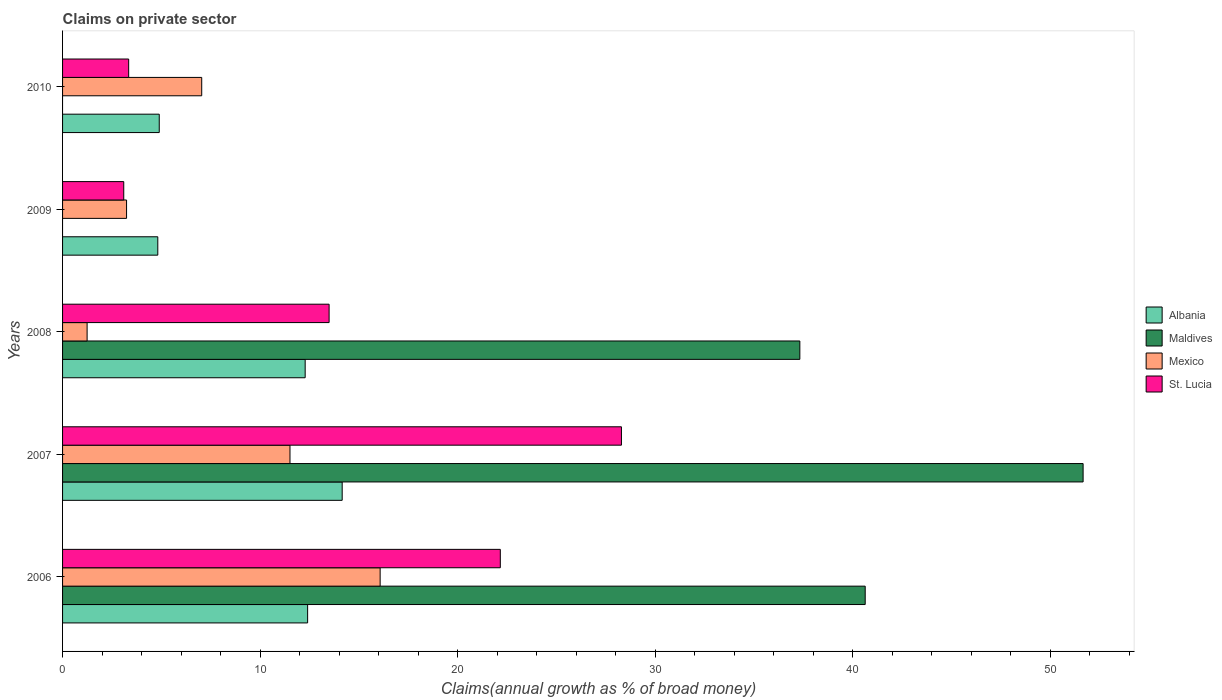
| Years | Albania | Maldives | Mexico | St. Lucia |
 | --- | --- | --- | --- | --- |
 | 2006 | 12.4 | 40.6 | 16.1 | 22.2 |
 | 2007 | 14.2 | 51.7 | 11.5 | 28.3 |
 | 2008 | 12.3 | 37.3 | 1.24 | 13.5 |
 | 2009 | 4.82 | -5.49 | 3.24 | 3.1 |
 | 2010 | 4.89 | -2.62 | 7.04 | 3.35 |